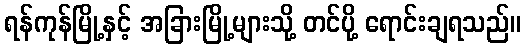
ရန်ကုန်မြို့နှင့် အခြားမြို့များသို့ တင်ပို့ ရောင်းချရသည်။